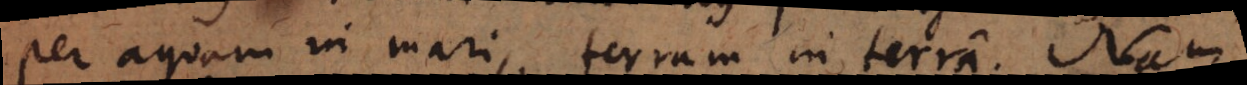
per aquam in mari, terram in terra. Nam